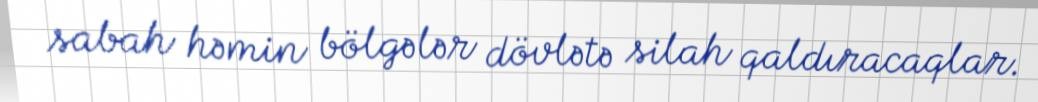
sabah həmin bölgələr dövlətə silah qaldıracaqlar.